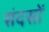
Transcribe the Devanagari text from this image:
संदसों